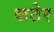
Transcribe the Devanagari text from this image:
कठेर